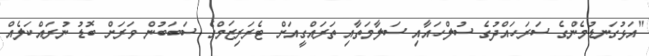
"އަޅުގަނޑުމެންގެ ސަރަހައްދުގެ ސުލްހައާއި ސަލާމަތާއި ތަރައްގީއަށް ޓެރަރިޒަމްގެ ސަބަބުން ވަރަށް ބޮޑު ނުރައްކަލެއް